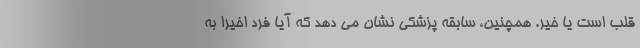
قلب است یا خیر. همچنین، سابقه پزشکی نشان می دهد که آیا فرد اخیرا به